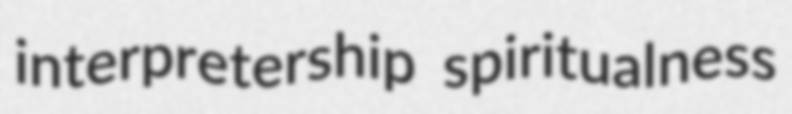
interpretership spiritualness